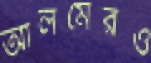
আলমেরও